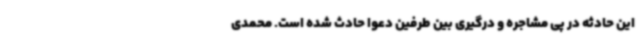
این حادثه در پی مشاجره و درگیری بین طرفین دعوا حادث شده است. محمدی